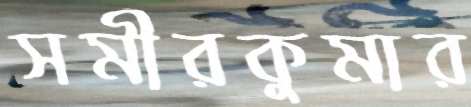
সমীরকুমার